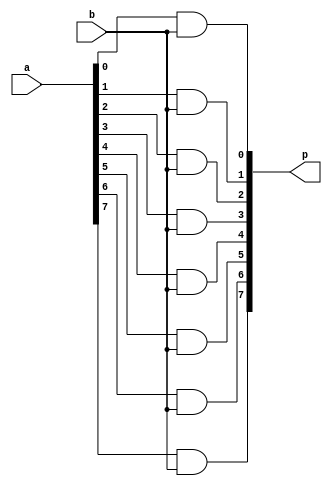
module bitwise #(
  parameter BITS = 8
) (
  input [BITS-1:0] a,
  input b,
  output [BITS-1:0] p
);

genvar i;

generate 
  for (i = 0; i < BITS; i = i + 1) begin
    assign p[i] = a[i] & b;
  end
endgenerate
endmodule